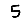
Digit: 5